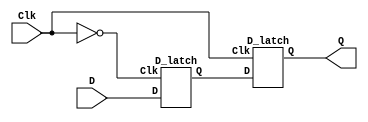
module L5part3 (Clk, D, Q);

  input Clk, D;
  output Q;
  
  wire Qm;
 
  D_latch master (~Clk, D, Qm); 
  D_latch slave (Clk, Qm, Q);
 
  
endmodule

module D_latch (Clk, D, Q);

  input Clk, D;
  output Q;
  reg R,S,R_g, S_g /* synthesis keep */ ;
  wire Qa,Qb;

  always @(Clk,D) begin
 
  R = ~D;
  S = D;
  R_g = R & Clk;
  S_g = S & Clk;
  
  end
  
  assign Qa = ~(R_g|Qb);
  assign Qb = ~(S_g|Qa);
  assign Q = Qa;

endmodule